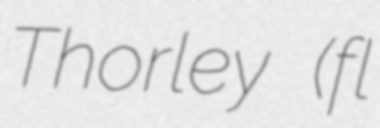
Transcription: Thorley (fl